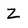
Character: Z